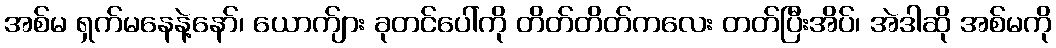
အစ်မ ရှက်မနေနဲ့နော်၊ ယောက်ျား ခုတင်ပေါ်ကို တိတ်တိတ်ကလေး တတ်ပြီးအိပ်၊ အဲဒါဆို အစ်မကို